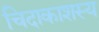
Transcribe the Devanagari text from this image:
चिदाकाशस्य